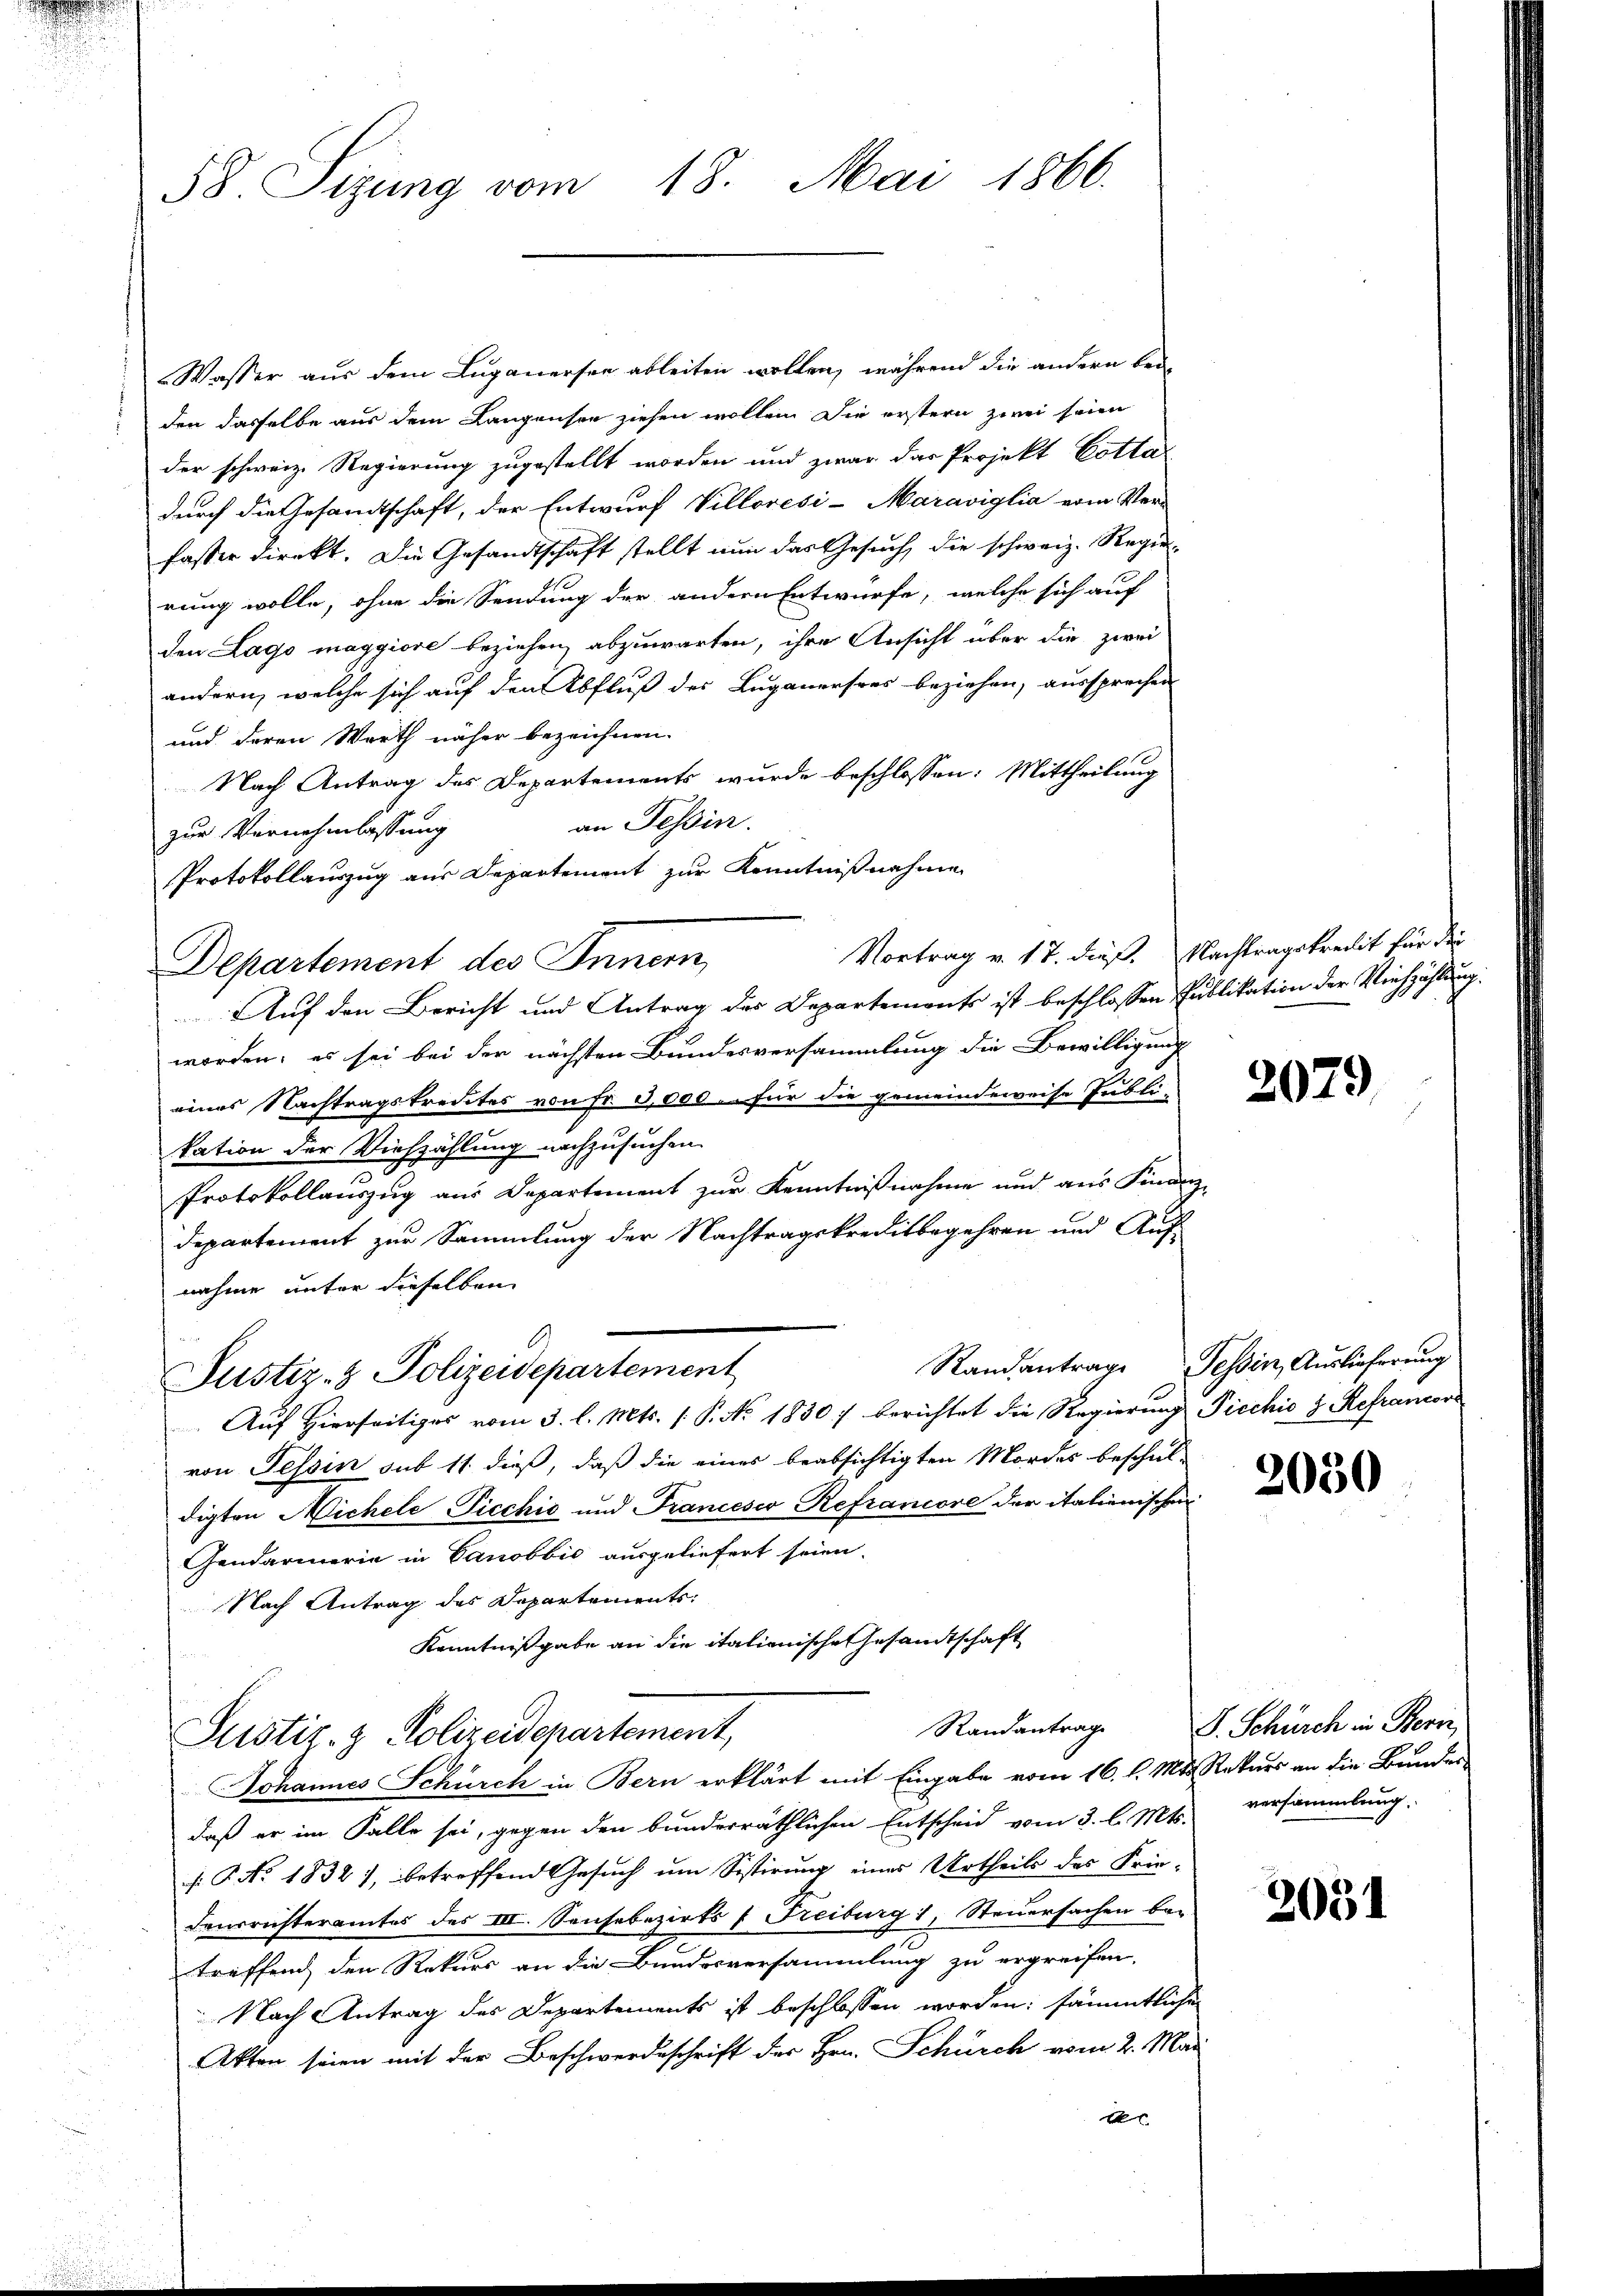
58. Sizung vom 18. Mai 1866.

Wasser aus dem Luganersee ableiten wollen, während die andern bei
den dasselbe aus dem Langensee ziehen wollen. Die erstern zwei seien
der schweiz. Regierung zugestellt worden und zwar das Projekt Cotta
durch die Gesamtschaft, der Entwurf Villorési-Maraviglia vom Ver-
fasser Direkt. Die Gesandtschaft stellt nun das Gesuch, die schweiz. Regierung wolle, ohne die Sendung der andern Entwürfe, welche sich auf
den Lago maggiore beziehen, abzuwarten, ihre Ansicht über die zwei
andern, welche sich auf den Abfluß des Luganersees beziehen, aussprechen
und deren Werth näher bezeichnen.
Nach Antrag des Departements wurde beschlossen: Mittheilung
an Tessin.
zur Vernehmlassung
Protokollauszug aus Departement zur Kenntnißnahme
Departement des Innern,
Auf den Bericht und Antrag des Departements ist beschlossen Publikation der Viehzählung.
worden; es sei bei der nächsten Bundesversammlung die Bewilligung
eines Nachtragskredites von Fr. 3,000 – für die gemeindeweise Publi-
kation der Viehzählung nachzusuchen.
Protokollauszug aus Departement zur Kenntnißnahme und aus Finanz-
Departement zur Sammlung der Nachtragskreditbegehren und Auf-
nahme unter dieselben
Randantrage Tessin, Auslieferung
Justiz- & Polizeidepartement
Auf Hierseitiges vom 3. l. Mts. (T. No. 1830 / berichtet die Regierung Piechić z Refrancor
von Tessin sub 11 dieß, daß die eines beabsichtigten Mordes beschul-
digten Nichele Picchić und Francesco Refrancore der italienischen
Gendarmerie in Canobbić ausgeliefert seien.
Nach Antrag des Departements:
Kenntnißgabe an die italienische Gesandtschaft
Randantrag
Justiz- & Polizeidepartement,
Johannes Schürch in Bern erklärt mit Eingabe vom 16. l. Mts. Rekurs an die Bundes-
daß er im Falle sei, gegen den bunderräthlichen Entscheid vom 3. l. Mts. versammlung.
f: P. No. 1832), betreffend Gesuch um Sistirung eines Urtheils des Frie-
Fensrichteramtes des III. Seichebezirks - Freiburg 1, Steuersachen bar
treffend den Rekurs an die Bundesversammlung zu ergreifen,
Nach Antrag des Departements ist beschlossen worden: sämmtlichen
Akten seien mit der Beschwerdeschrift der Hrn. Schürch vom 2. Mai
A

Vortrag v. 17. dieß. Nachtragskredit für die

2079

2030

J. Schürch in Beri

3031